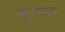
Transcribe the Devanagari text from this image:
करागार